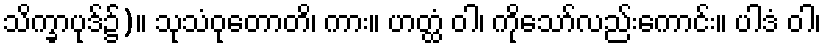
သိက္ခာပုဒ်၌)။ သုသံဝုတောတိ၊ ကား။ ဟတ္ထံ ဝါ၊ ကိုသော်လည်းကောင်း။ ပါဒံ ဝါ၊